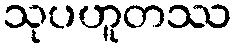
သုပဟူတဿ